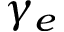
\gamma _ { e }